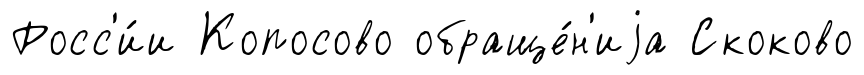
Росс'и́и Копосово обраще́н'иjа Скоково